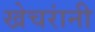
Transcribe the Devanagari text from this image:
खेचरांनी